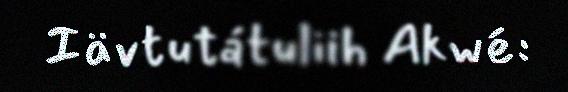
Iävtutátuliih Akwé: